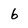
Character: 6